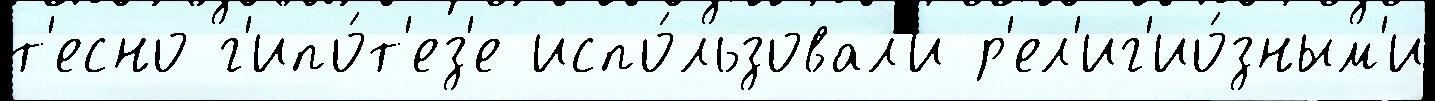
т'есно г'ипо́т'ез'е испо́льзовал'и р'ел'иг'ио́зным'и